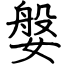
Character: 媻